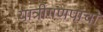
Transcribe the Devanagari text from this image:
यात्रीगणपांचों